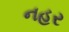
નહર